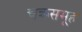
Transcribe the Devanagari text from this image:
चक्रसमूह